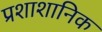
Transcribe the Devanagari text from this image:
प्रशाशानिक